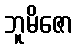
ဘူမိဇော